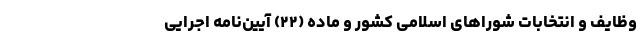
وظایف و انتخابات شوراهای اسلامی کشور و ماده (۲۲) آیین‌نامه اجرایی